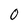
Character: 0